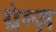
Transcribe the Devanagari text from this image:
ग्रेम्ज़